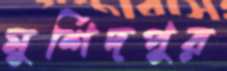
মুর্শিদপুর